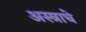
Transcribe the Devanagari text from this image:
अस्त्राचे